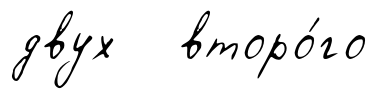
двух второ́го